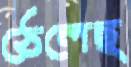
ঠেলেছ